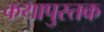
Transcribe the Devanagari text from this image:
कथापुस्तक